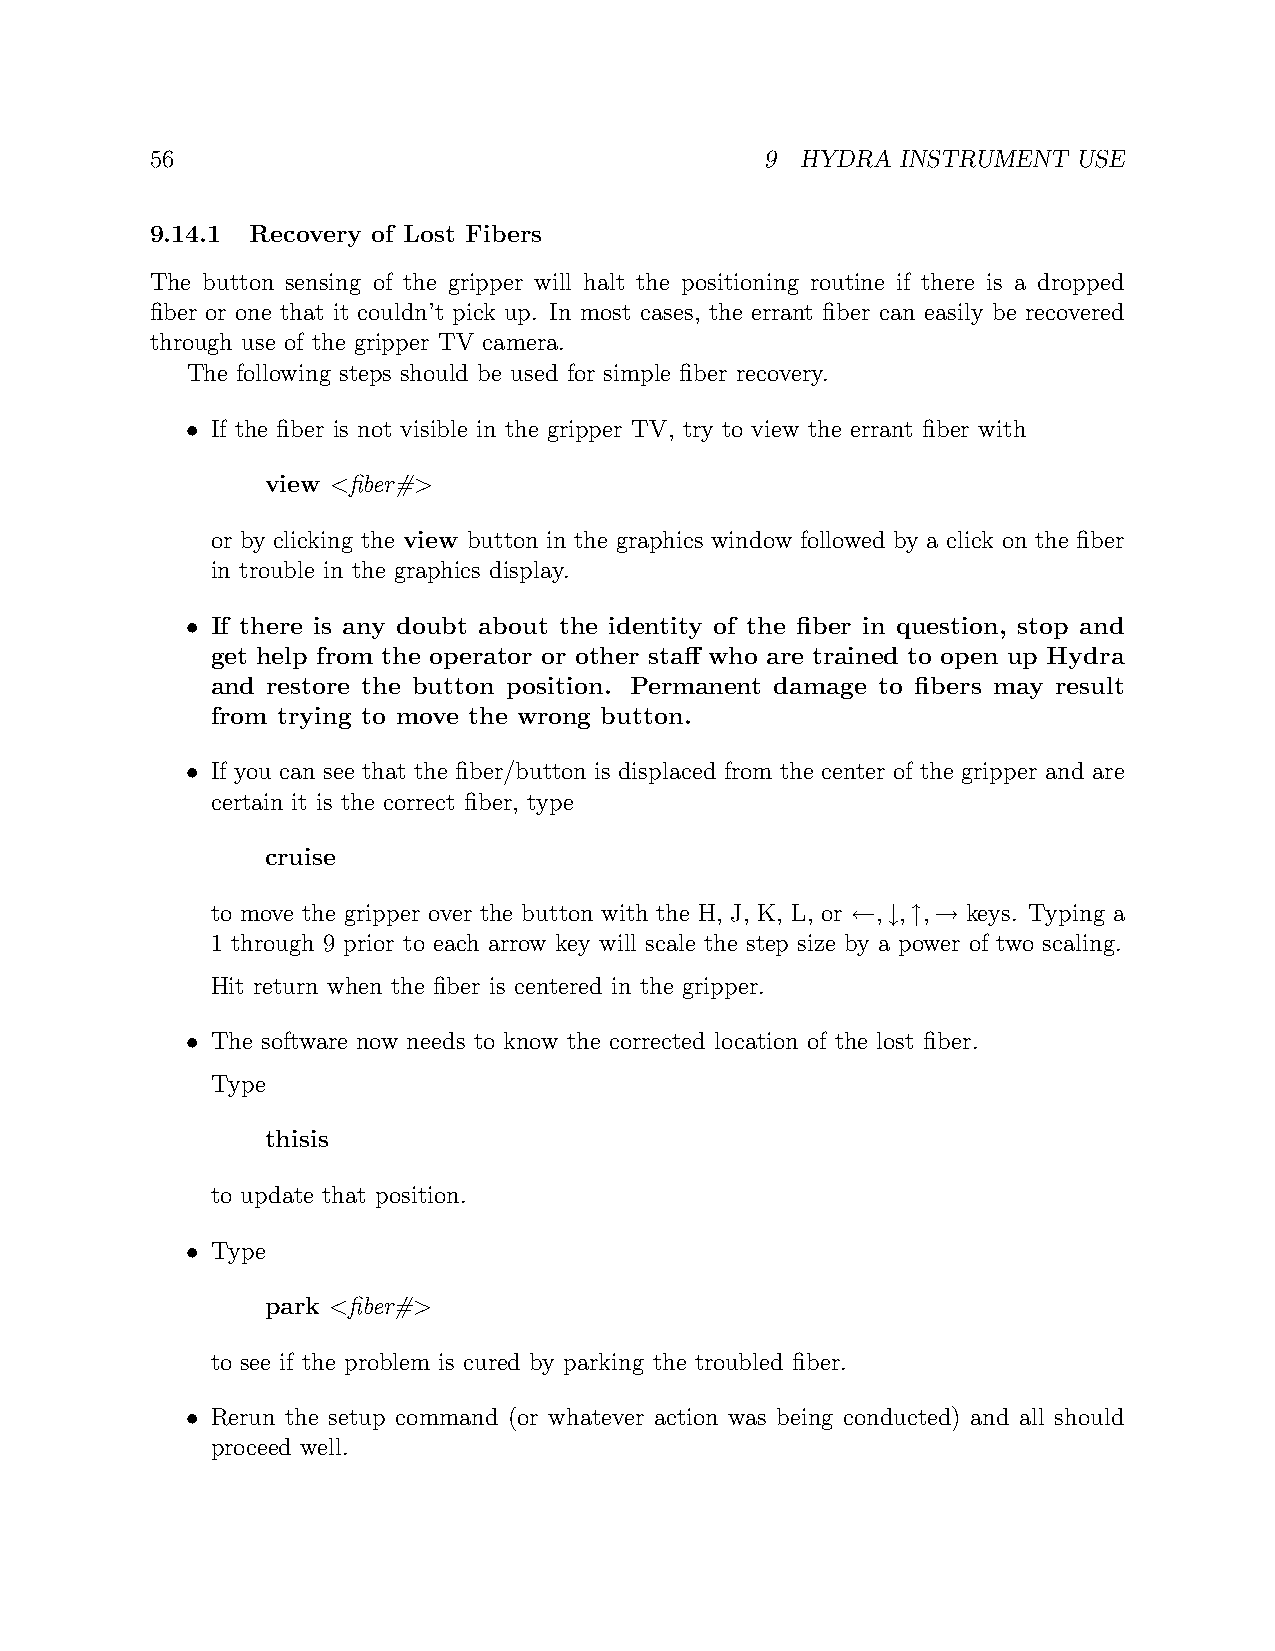
56                                       9 HYDRA  INSTRUMENT USE
 9.14.1 Recovery of Lost Fibers
 The button sensing of the gripper will halt the positioning routine if there is a dropped
 fiber or one that it couldn’t pick up. In most cases, the errant fiber can easily be recovered
 through use of the gripper TV camera.
 The following steps should be used for simple fiber recovery.
 • If the fiber is not visible in the gripper TV, try to view the errant fiber with
 view <fiber#>
 or by clicking the view button in the graphics window followed by a click on the fiber
 in trouble in the graphics display.
 • If there is any doubt about the identity of the fiber in question, stop and
 get help from the operator or other staff who are trained to open up Hydra
 and restore the button position. Permanent damage to fibers may result
 from trying to move the wrong button.
 • If you can see that the fiber/button is displaced from the center of the gripper and are
 certain it is the correct fiber, type
 cruise
 to move the gripper over the button with the H, J, K, L, or ←,↓,↑,→ keys. Typing a
 1 through 9 prior to each arrow key will scale the step size by a power of two scaling.
 Hit return when the fiber is centered in the gripper.
 • The software now needs to know the corrected location of the lost fiber.
 Type
 thisis
 to update that position.
 • Type
 park <fiber#>
 to see if the problem is cured by parking the troubled fiber.
 • Rerun the setup command (or whatever action was being conducted) and all should
 proceed well.